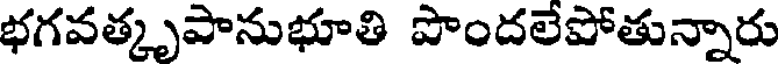
భగవత్కృపానుభూతి పొందలేపోతున్నారు